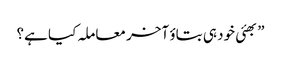
”بھئی خود ہی بتاؤ آخر معاملہ کیا ہے؟